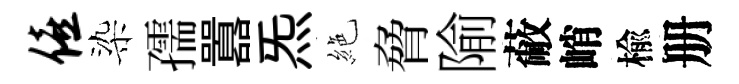
僖染孺囂炁絶脅隃蔽峭楡册